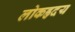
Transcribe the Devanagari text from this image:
लोकहृदय